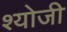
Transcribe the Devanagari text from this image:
श्योजी